Report on sanitation, dispensaries, and jails in Rajputana for 1912, and on vaccination for the year 1912-1913 - 1912-1913
Year: 1912
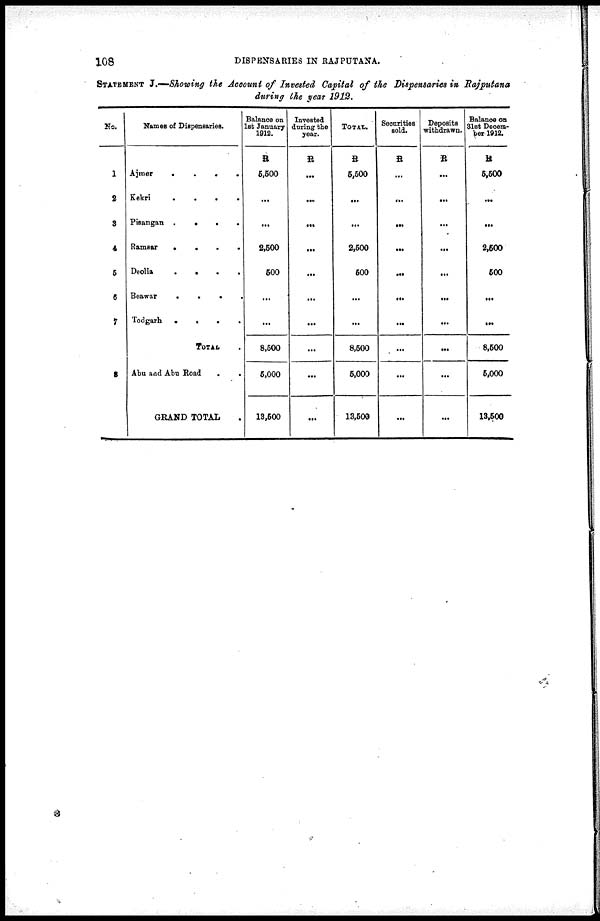
108
DISPENSARIES IN RAJPUTANA.
STATEMENT J.—Showing the Account of Invested Capital of the Dispensaries in Rajputana
during the year 1912.
No.
1
2
3
4
5
6
7
8
Names of Dispensaries.
Ajmer
.
.
.
.
Kekri
.
.
.
.
Pisangan
.
.
. .
Ramsar
.
.
.
.
Deolia
.
.
.
.
Beawar
.
.
.
.
Todgarh. .
.
.
.
TOTAL .
Abu and Abu Road
.
.
GRAND TOTAL .
Balance on
1st January
1912.
R
5,500
...
...
2,500
500
...
...
8,500
5,000
13,500
Invested
during the
year.
R
...
...
...
...
...
...
...
...
...
...
TOTAL.
R
5,500
...
...
2,500
500
...
...
8,500
5,000
13,500
Securities
sold.
R
...
...
...
...
...
...
...
...
...
...
Deposits
withdrawn.
R
...
...
...
...
...
...
...
...
...
...
Balance on
31st Decem-
ber 1912.
R
5,500
...
...
2,500
500
...
...
8,500
5,000
13,500